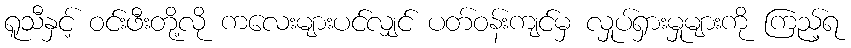
ရူသီနှင့် ဝင်းဖီးတို့လို ကလေးများပင်လျှင် ပတ်ဝန်းကျင်မှ လှုပ်ရှားမှုများကို ကြည့်ရ